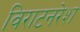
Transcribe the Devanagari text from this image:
विराटनरेश